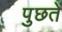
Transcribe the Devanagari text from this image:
पुछतें